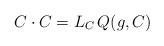
LaTeX: \begin{align*}C \cdot C = L_{C}\, Q(g,C)\end{align*}